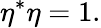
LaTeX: \eta^{*}\eta=1.